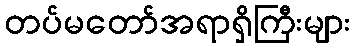
တပ်မတော်အရာရှိကြီးများ